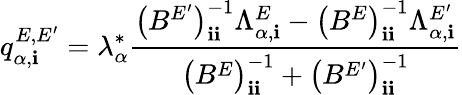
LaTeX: q_{\alpha,\mathbf{i}}^{E,E^{\prime}}=\lambda_{\alpha}^{*}\frac{{\bigl(B^{E^{\prime}}\bigr)_{\mathbf{i}\mathbf{i}}^{-1}\Lambda_{\alpha,\mathbf{i}}^{E}-\left(B^{E}\right)_{\mathbf{i}\mathbf{i}}^{-1}\Lambda_{\alpha,\mathbf{i}}^{E^{\prime}}}}{{\bigl(B^{E}\bigr)_{\mathbf{i}\mathbf{i}}^{-1}+\bigl(B^{E^{\prime}}\bigr)_{\mathbf{i}\mathbf{i}}^{-1}}}